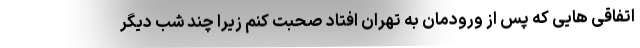
اتفاقی هایی که پس از ورودمان به تهران افتاد صحبت کنم زیرا چند شب دیگر